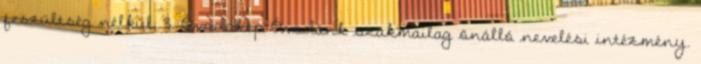
feszültség nélkül. 3. Óvodakép Óvodánk szakmailag önálló nevelési intézmény.